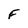
Character: F